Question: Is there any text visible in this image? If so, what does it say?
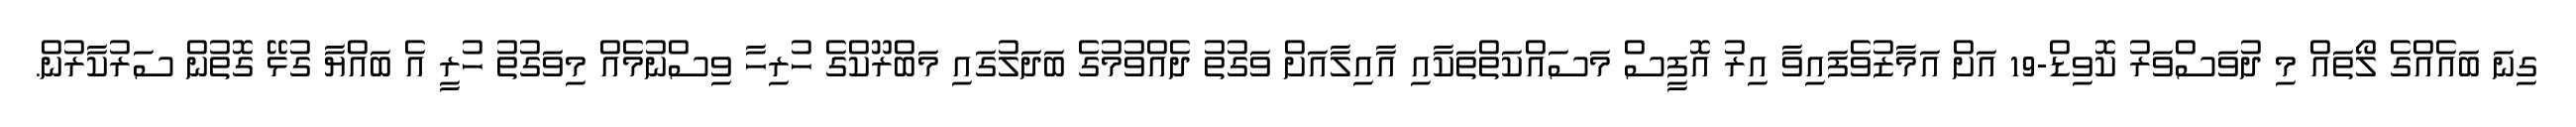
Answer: ގިނަ ބައެއްގެ ލޯތައް މި ދުވަސްވަރު ކޮވިޑް-19 އަށް އަމާޒުވެފައިވާ އިރު އޮފީސް މަސައްކަތްތަކާއި އާއިލާއަށް ވަގުތު ދެއްވުމުގެ ބަދަލުގައި މަބްރޫކްގެ ހުރިހާ ވިސްނުމެއް މިވަގުތު ހުރީ އެ ބައްޔާ ގުޅޭ ގޮތުން ސަރުކާރުން.